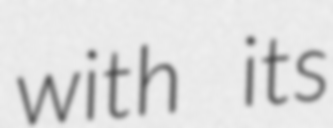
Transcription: with its